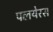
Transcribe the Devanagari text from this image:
पलयेरस